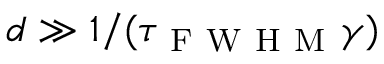
d \gg 1 / ( \tau _ { \mathrm { ~ F ~ W ~ H ~ M ~ } } \gamma )